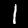
Digit: 1